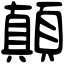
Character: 顛